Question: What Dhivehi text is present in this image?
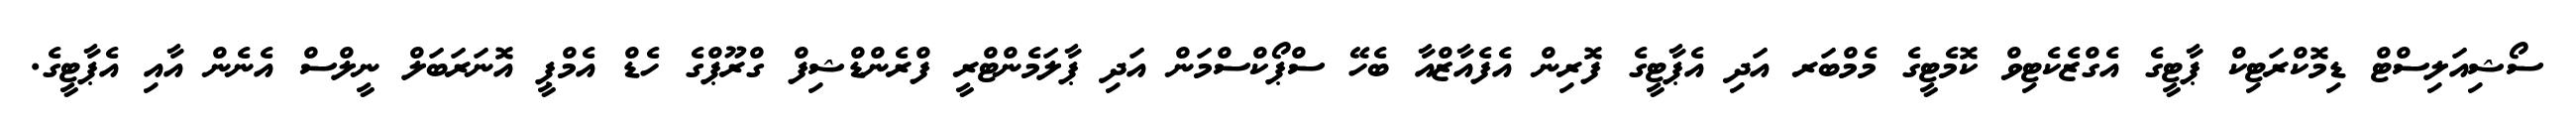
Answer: ސޯޝިއަލިސްޓް ޑިމޮކްރަޓިކް ޕާޓީގެ އެގްޒެކެޓިވް ކޮމެޓީގެ މެމްބަރ އަދި އެޕާޓީގެ ފޮރިން އެފެއާޒްއާ ބެހޭ ސްޕޯކްސްމަން އަދި ޕާލަމެންޓްރީ ފްރެންޑްޝިފް ގްރޫޕްގެ ހެޑް އެމްޕީ އޮނަރަބަލް ނީލްސް އެނެން އާއި އެޕާޓީގެ.